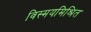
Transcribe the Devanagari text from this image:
विस्मयमिश्रित